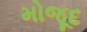
મોજૂદ